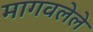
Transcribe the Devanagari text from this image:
मागवलेले